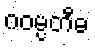
ဂဝမ္ပတီဓ